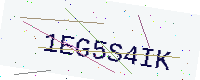
Text: 1EG5S4IK